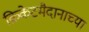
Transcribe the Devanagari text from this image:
क्रिकेटमैदानाच्या